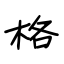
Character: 格